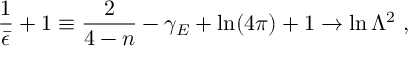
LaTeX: \frac { 1 } { \bar { \epsilon } } + 1 \equiv \frac { 2 } { 4 - n } - \gamma _ { E } + \ln ( 4 \pi ) + 1 \rightarrow \ln \Lambda ^ { 2 } \ ,